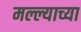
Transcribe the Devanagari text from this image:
मल्ल्याच्या